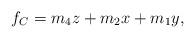
LaTeX: \begin{align*}f_C = m_4 z + m_2 x + m_1 y,\end{align*}